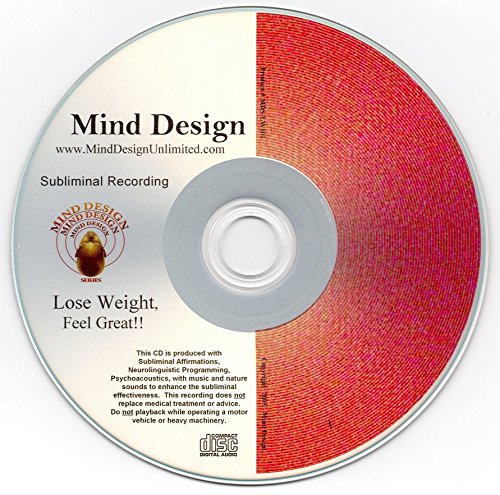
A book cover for Lose Weight! Feel Great! Subliminal CD; Mind Design Unlimited; Health, Fitness & Dieting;